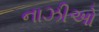
નાઝીઓ